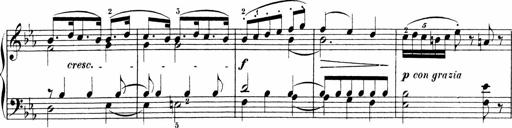
Title: Sonatinen Op.47, 98 und 136, nebst 6 Liedersonatinen
Composer: Carl Reinecke